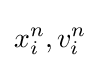
x_{i}^{n},v_{i}^{n}